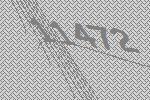
11472